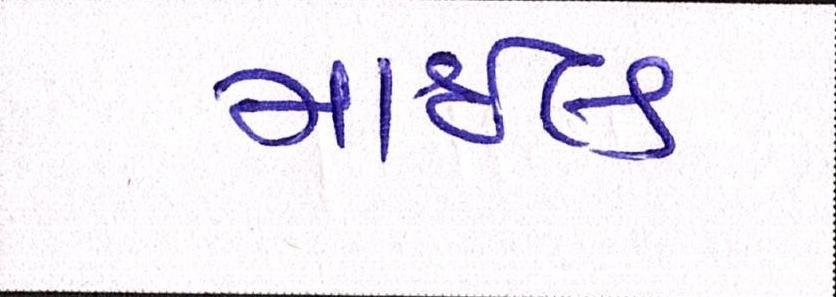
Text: માઇલ્ડ